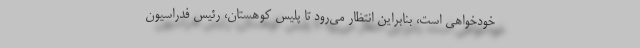
خودخواهی است، بنابراین انتظار می‌رود تا پلیس کوهستان، رئیس فدراسیون